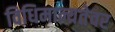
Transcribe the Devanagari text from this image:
विधिमान्यतेवर